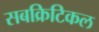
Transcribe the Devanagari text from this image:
सबक्रिटिकल